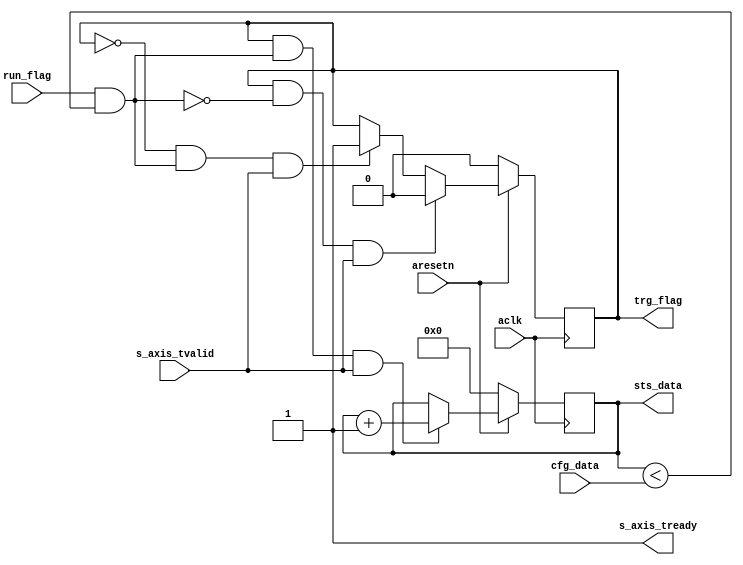
module axis_timer #
(
  parameter integer CNTR_WIDTH = 64
)
(
  // System signals
  input  wire                  aclk,
  input  wire                  aresetn,

  input  wire                  run_flag,
  input  wire [CNTR_WIDTH-1:0] cfg_data,

  output wire                  trg_flag,
  output wire [CNTR_WIDTH-1:0] sts_data,

  // Slave side
  output wire                  s_axis_tready,
  input  wire                  s_axis_tvalid
);

  reg [CNTR_WIDTH-1:0] int_cntr_reg, int_cntr_next;
  reg int_enbl_reg, int_enbl_next;

  wire int_comp_wire;

  always @(posedge aclk)
  begin
    if(~aresetn)
    begin
      int_cntr_reg <= {(CNTR_WIDTH){1'b0}};
      int_enbl_reg <= 1'b0;
    end
    else
    begin
      int_cntr_reg <= int_cntr_next;
      int_enbl_reg <= int_enbl_next;
    end
  end

  assign int_comp_wire = run_flag & (int_cntr_reg < cfg_data);

  always @*
  begin
    int_cntr_next = int_cntr_reg;
    int_enbl_next = int_enbl_reg;

    if(~int_enbl_reg & int_comp_wire & s_axis_tvalid)
    begin
      int_enbl_next = 1'b1;
    end

    if(int_enbl_reg & int_comp_wire & s_axis_tvalid)
    begin
      int_cntr_next = int_cntr_reg + 1'b1;
    end

    if(int_enbl_reg & ~int_comp_wire & s_axis_tvalid)
    begin
      int_enbl_next = 1'b0;
    end
  end

  assign trg_flag = int_enbl_reg;
  assign sts_data = int_cntr_reg;

  assign s_axis_tready = 1'b1;

endmodule